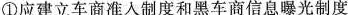
①应建立车商准入制度和黑车商信息曝光制度